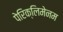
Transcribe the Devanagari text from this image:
पेरिक्लिमेनम